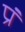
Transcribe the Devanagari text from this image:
प्रं